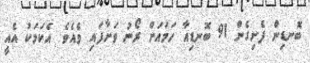
ބޮނޑިން ފެށިގެން 91 ބޮނޑިއާ ހަމައަށް ރޯނު ވަށާފައި ވެއެވެ. އެކަމަކު އެއީ